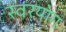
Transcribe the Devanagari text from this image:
स्वरयोग